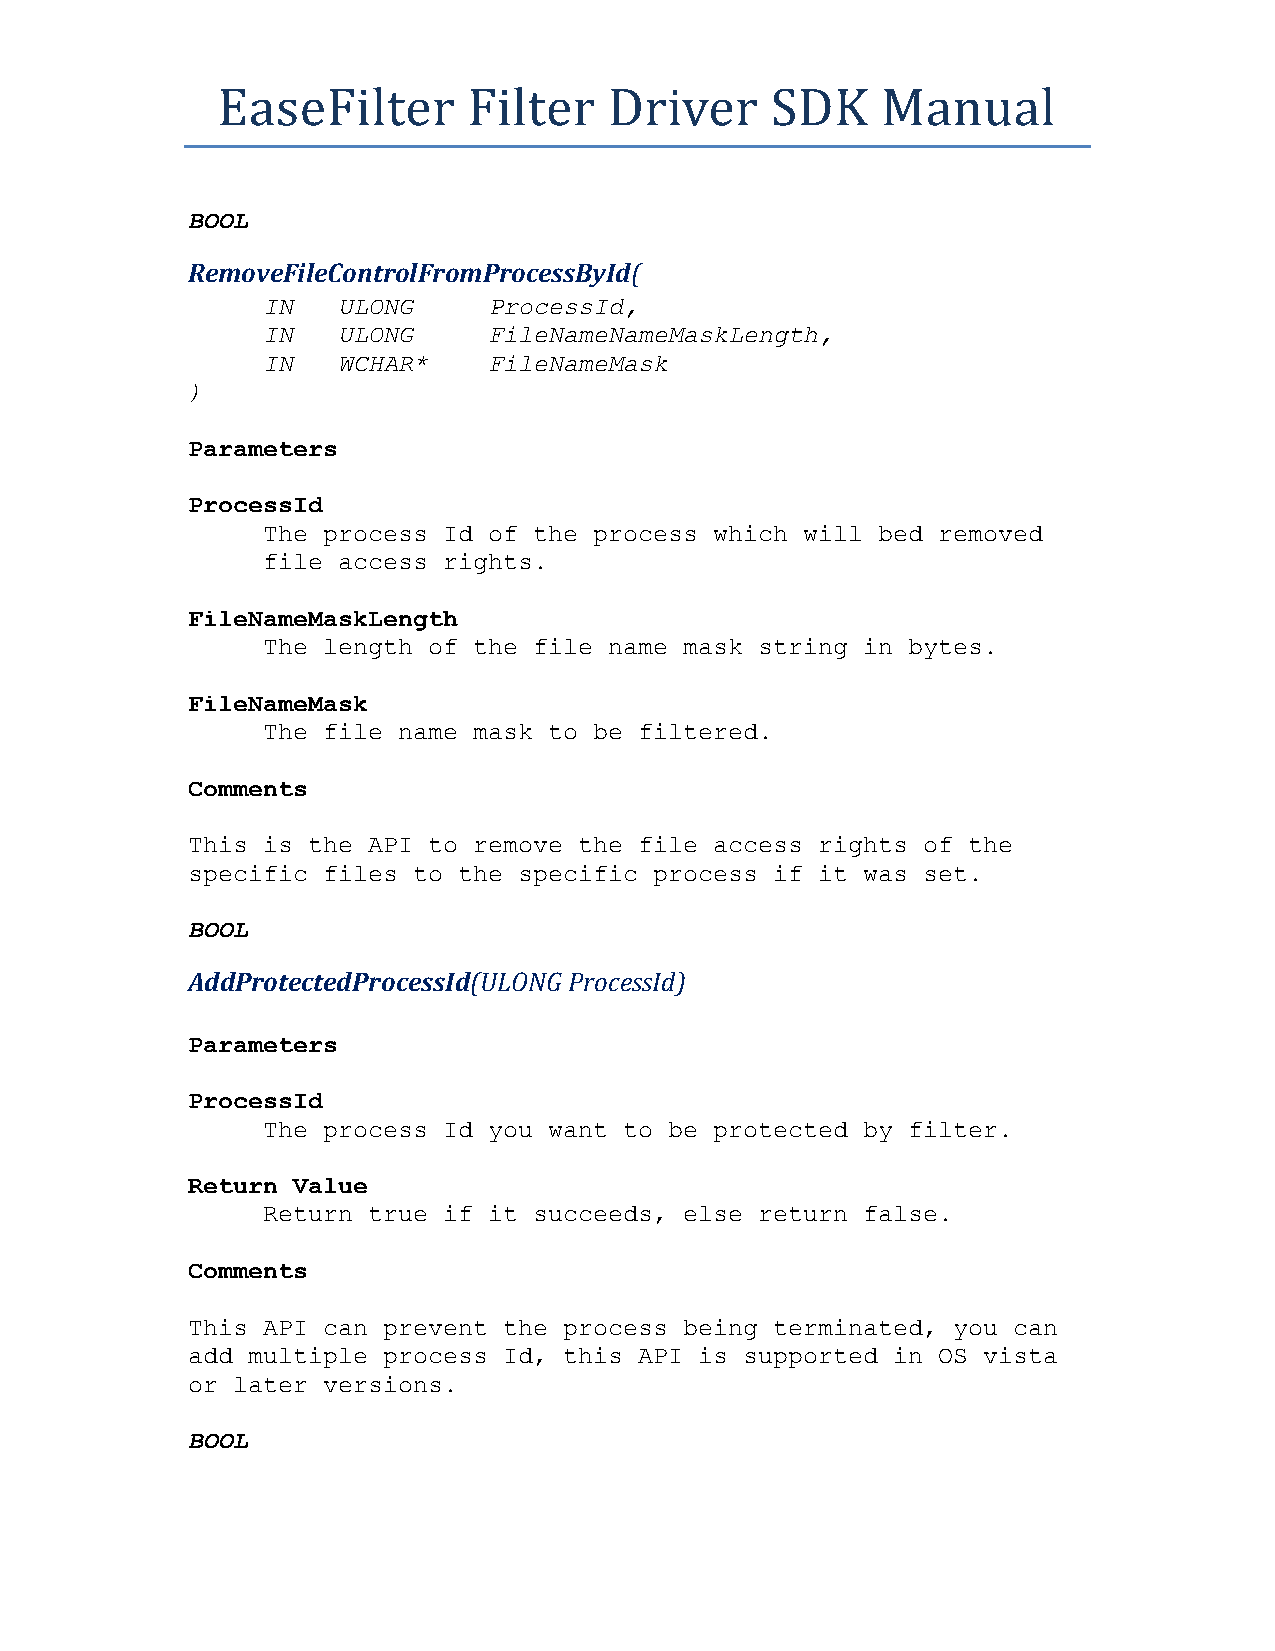
EaseFilter       Filter   Driver     SDK    Manual
 BOOL
 RemoveFileControlFromProcessById(
 IN   ULONG     ProcessId,
 IN   ULONG     FileNameNameMaskLength,
 IN   WCHAR*    FileNameMask
 )
 Parameters
 ProcessId
 The process Id of the process which will bed removed
 file access rights.
 FileNameMaskLength
 The length of the file name mask string in bytes.
 FileNameMask
 The file name mask to be filtered.
 Comments
 This is the API to remove the file access rights of the
 specific files to the specific process if it was set.
 BOOL
 AddProtectedProcessId(ULONG ProcessId)
 Parameters
 ProcessId
 The process Id you want to be protected by filter.
 Return Value
 Return true if it succeeds, else return false.
 Comments
 This API can prevent the process being terminated, you can
 add multiple process Id, this API is supported in OS vista
 or later versions.
 BOOL